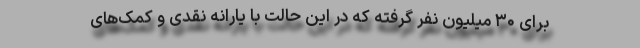
برای ۳۰ میلیون نفر گرفته که در این حالت با یارانه نقدی و کمک‌های